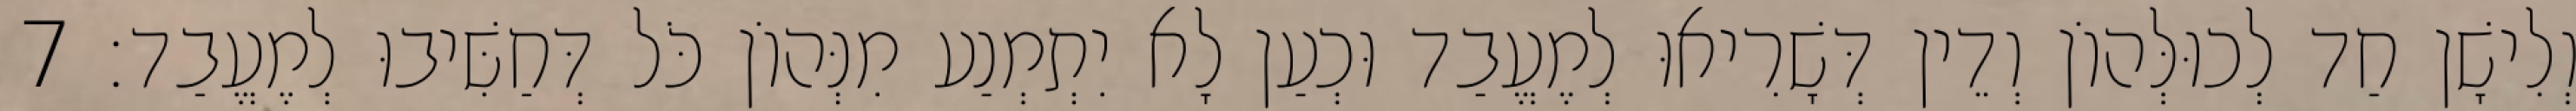
וְלִישָׁן חַד לְכוּלְּהוֹן וְדֵין דְּשָׁרִיאוּ לְמֶעֱבַד וּכְעַן לָא יִתְמְנַע מִנְּהוֹן כֹּל דְּחַשִּׁיבוּ לְמֶעֱבַד׃ 7